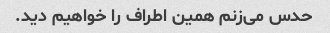
حدس می‌زنم همین اطراف را خواهیم دید.